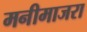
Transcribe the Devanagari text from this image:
मनीमाजरा